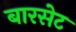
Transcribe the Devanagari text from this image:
बारसेट